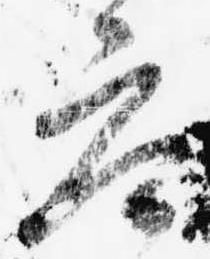
参